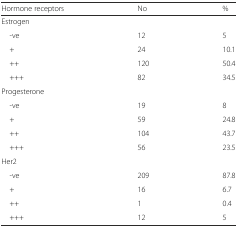
| Hormone receptors | No | % |
 | --- | --- | --- |
 | <COLSPAN=3> Estrogen |
 | -ve | 12 | 5 |
 | + | 24 | 10.1 |
 | ++ | 120 | 50.4 |
 | +++ | 82 | 34.5 |
 | <COLSPAN=3> Progesterone |
 | -ve | 19 | 8 |
 | + | 59 | 24.8 |
 | ++ | 104 | 43.7 |
 | +++ | 56 | 23.5 |
 | <COLSPAN=3> Her2 |
 | -ve | 209 | 87.8 |
 | + | 16 | 6.7 |
 | ++ | 1 | 0.4 |
 | +++ | 12 | 5 |